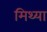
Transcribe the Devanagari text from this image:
मिथ्‍या